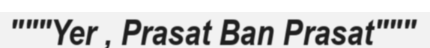
"""Yer , Prasat Ban Prasat"""